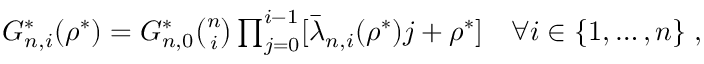
\begin{array} { r } { G _ { n , i } ^ { * } ( \rho ^ { * } ) = G _ { n , 0 } ^ { * } \binom { n } { i } \prod _ { j = 0 } ^ { i - 1 } [ \bar { \lambda } _ { n , i } ( \rho ^ { * } ) j + \rho ^ { * } ] \quad \forall i \in \lbrace 1 , \dots , n \rbrace \; , } \end{array}